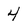
Character: 4